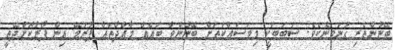
ބޭނުންތެރި ގުނަވަނެކެވެ. ސަބަބަކީ މިމަސައްކަތަށް ބޭނުންވާ ބައެއް މާއްދާތައް ފުރަމޭ އިން ފޯރުކޮށްދޭތީ